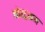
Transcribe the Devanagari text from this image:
नोस्ट्राडम